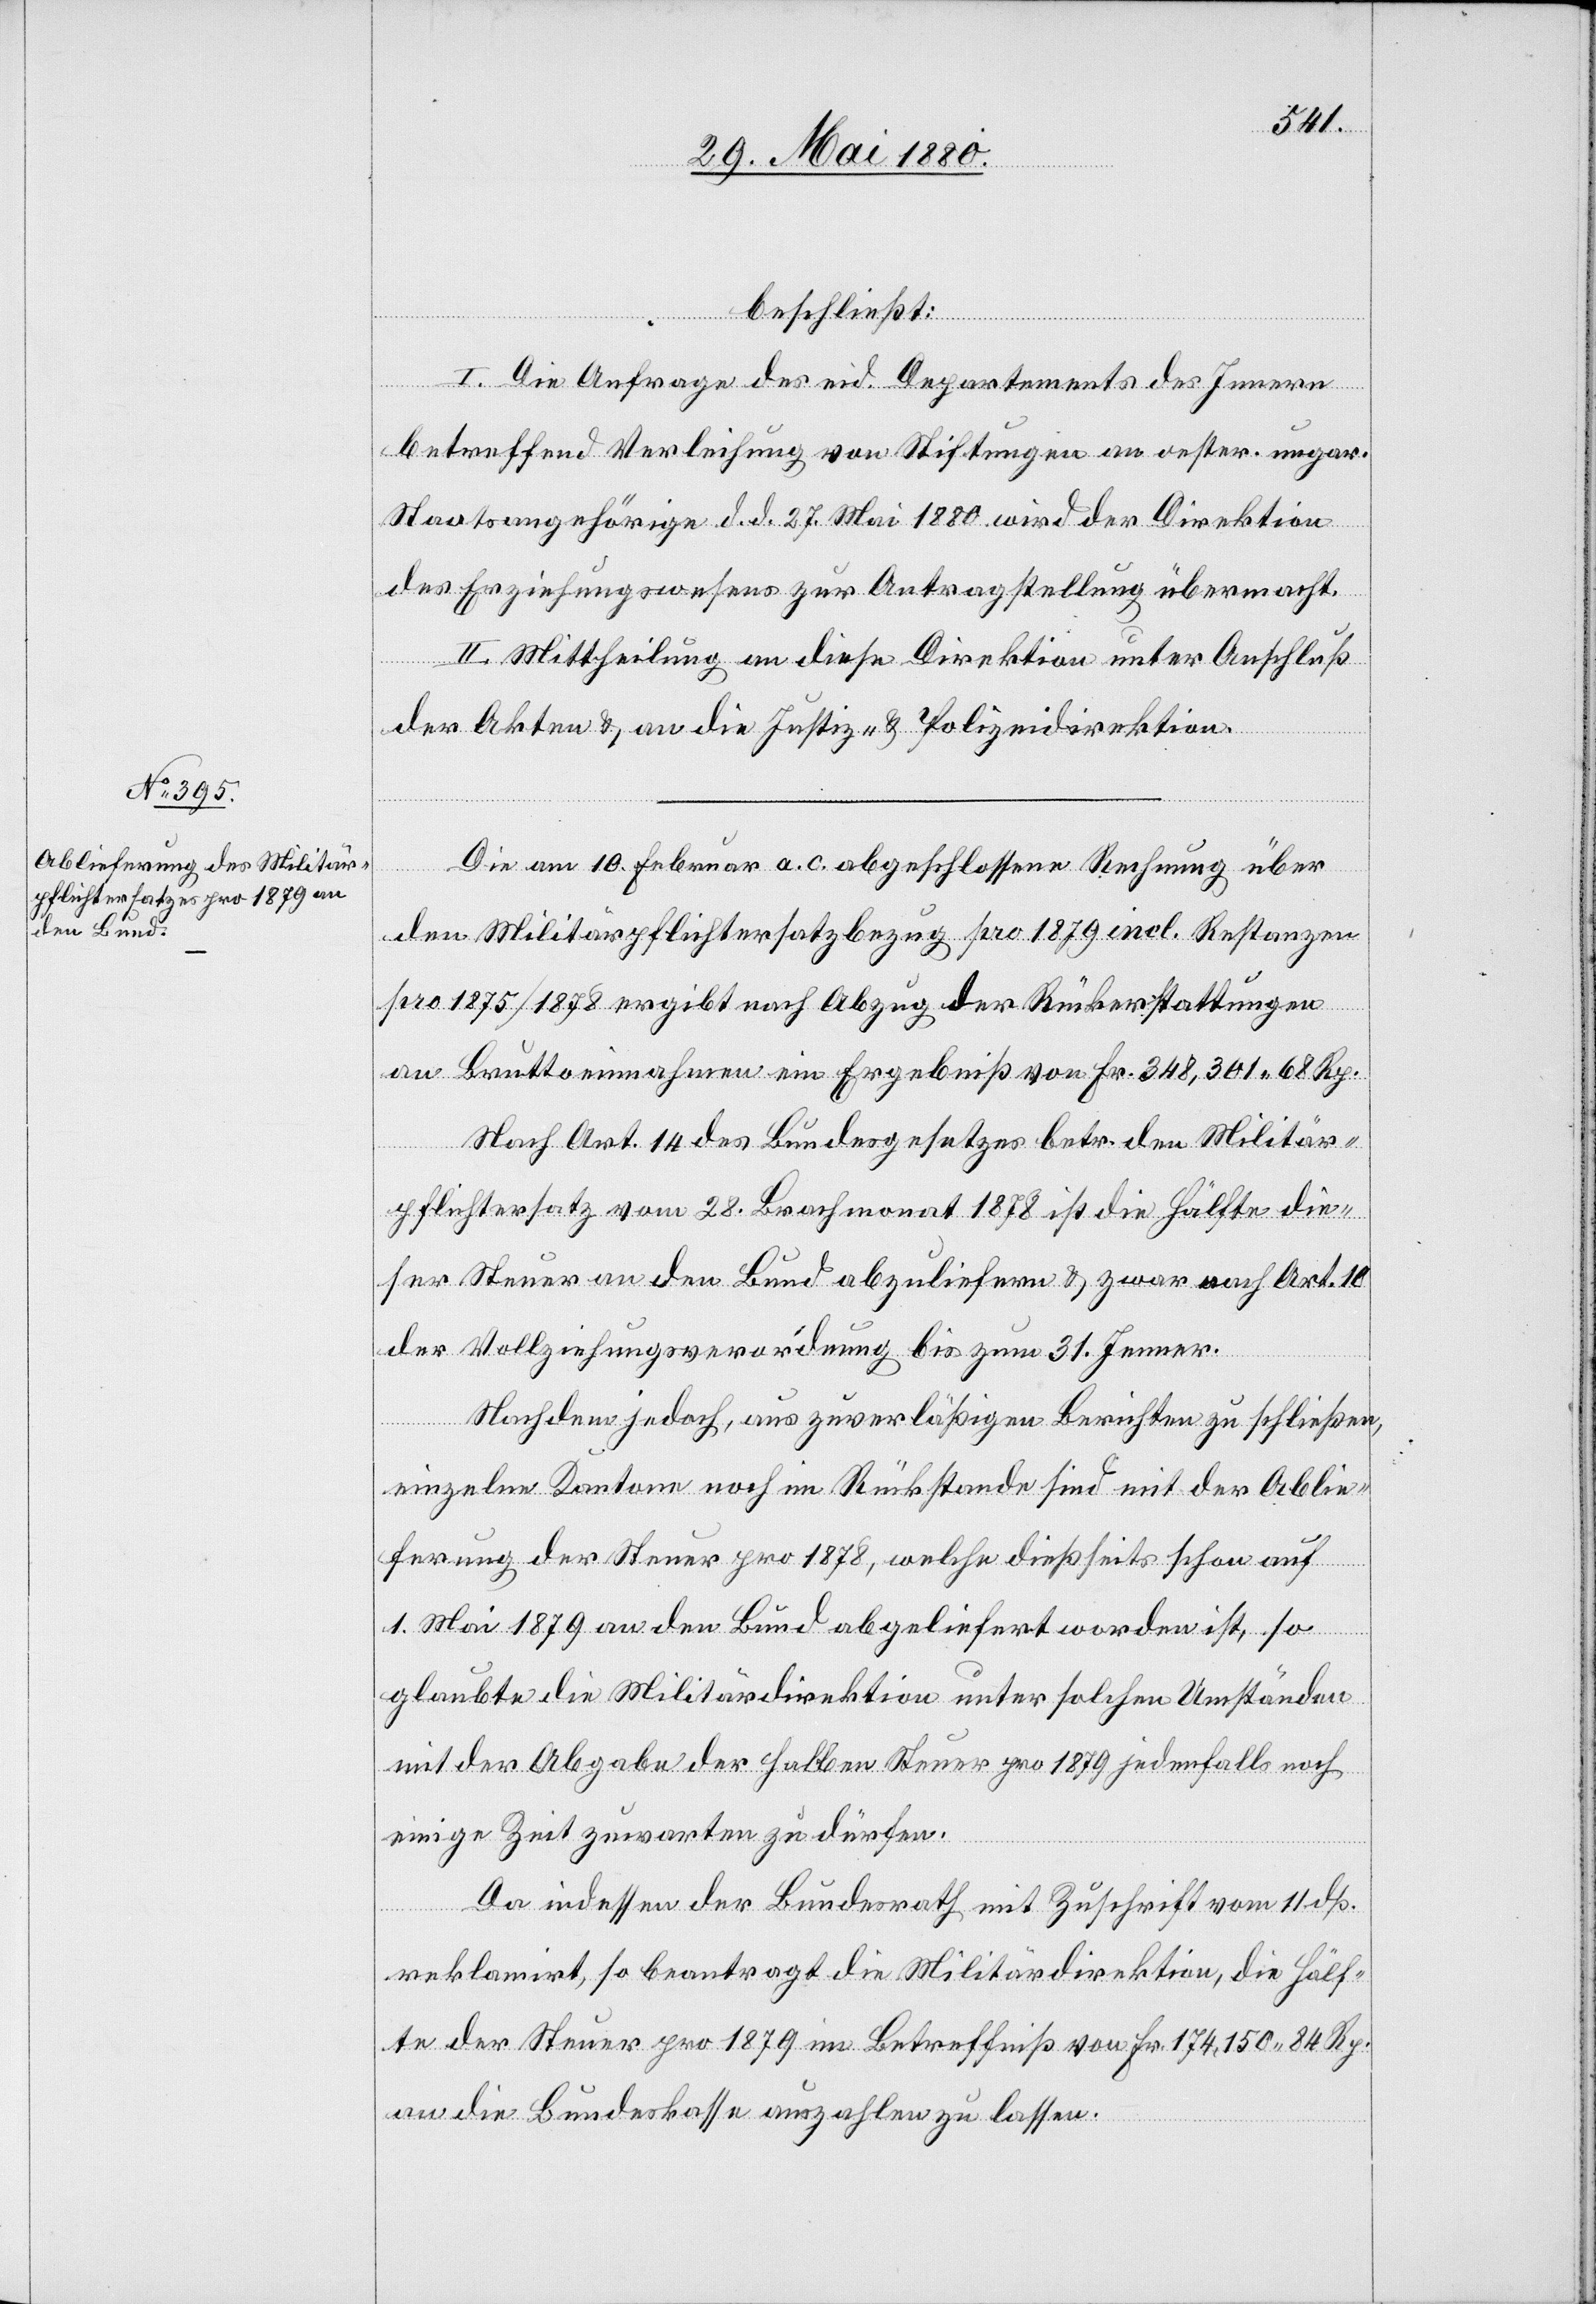
beschließt:
I. Die Anfrage des eid. Departements des Innern
betreffend Verleihung von Stiftungen an oester. ungar.
Staatsangehörige d. d. 27. Mai 1880 wird der Direktion
des Erziehungswesens zur Antragstellung übermacht.
II. Mittheilung an diese Direktion unter Anschluß
der Akten & an die Justiz- & Polizeidirektion.
Die am 10. Februar a. c. abgeschlossene Rechnung über
den Militärpflichtersatzbezug pro 1879 incl. Restanzen
pro 1875/1878 ergibt nach Abzug der Rückerstattungen
an Bruttoeinnahmen ein Ergebniß von Fr. 348,301. 68 Rp.
Nach Art. 14 des Bundesgesetzes betr. den Militär¬
pflichtersatz vom 28. Brachmonat 1878 ist die Hälfte die¬
ser Steuer an den Bund abzuliefern & zwar nach Art. 10
der Vollziehungsverordnung bis zum 31. Jenner.
Nachdem jedoch, aus zuverläßigen Berichten zu schließen,
einzelne Kantone noch im Rückstande sind mit der Ablie¬
ferung der Steuer pro 1878, welche dießseits schon auf
1. Mai 1879 an den Bund abgeliefert worden ist, so
glaubt die Militärdirektion unter solchen Umständen
mit der Abgabe der halben Steuer pro 1879 jedenfalls noch
einige Zeit zuwarten zu dürfen.
Da indessen der Bundesrath mit Zuschrift vom 11. dß.
reklamirt, so beantragt die Militärdirektion, die Hälf¬
te der Steuer pro 1879 im Betreffniß von Fr. 174,150. 84 Rp.
an die Bundeskasse auszahlen zu lassen.